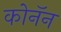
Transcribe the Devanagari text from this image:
कोनॅन